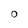
Character: O